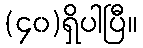
(၄၀)ရှိပါပြီ။